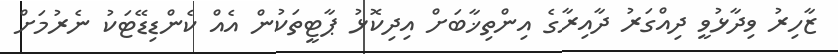
ޒާހިރު ވިދާޅުވީ ދިއްގަރު ދާއިރާގެ އިންތިޚާބަށް އިދިކޮޅު ޕާޓީތަކުން އެއް ކެންޑިޑޭޓަކު ނެރުމަށް